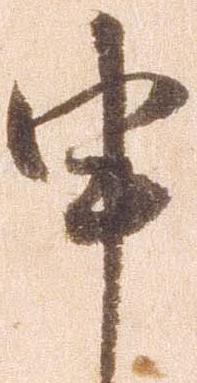
申